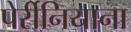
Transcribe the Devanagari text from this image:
पेर्रीनियाना